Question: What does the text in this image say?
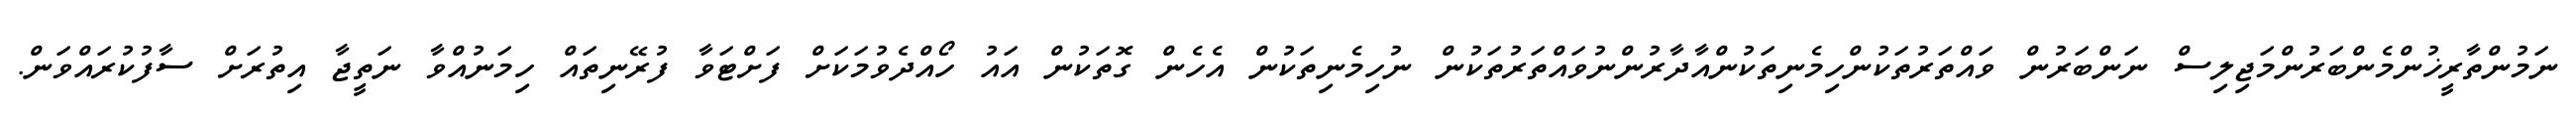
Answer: ނަމުންތާރީޚުންމެންބަރުންމަޖިލިސް ނަންބަރުން ވައްތަރުތަކުންހިމެނިތަކުންއާދާރުންނުވައްތަރުތަކުން ނުހިމެނިތަކުން އެހެން ގޮތަކުން އައު ހޯއްދެވުމަކަށް ފަށްޓަވާ ފުރޭނިތައް ހިމަނުއްވާ ނަތީޖާ އިތުރަށް ސާފުކުރައްވަން.